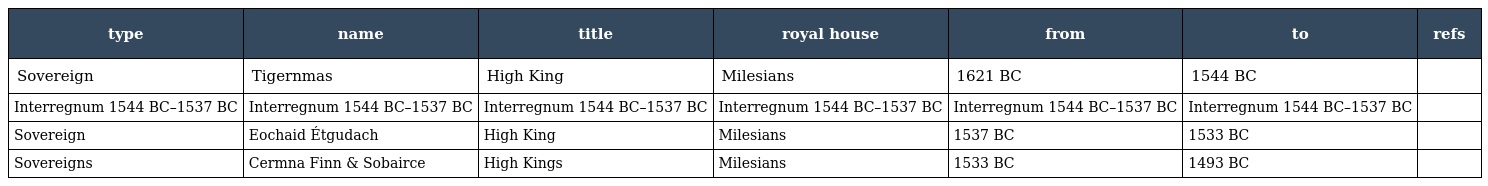
| type | name | title | royal house | from | to | refs |
 | --- | --- | --- | --- | --- | --- | --- |
 | Sovereign | Tigernmas | High King | Milesians | 1621 BC | 1544 BC |  |
 | Interregnum 1544 BC–1537 BC | Interregnum 1544 BC–1537 BC | Interregnum 1544 BC–1537 BC | Interregnum 1544 BC–1537 BC | Interregnum 1544 BC–1537 BC | Interregnum 1544 BC–1537 BC |  |
 | Sovereign | Eochaid Étgudach | High King | Milesians | 1537 BC | 1533 BC |  |
 | Sovereigns | Cermna Finn & Sobairce | High Kings | Milesians | 1533 BC | 1493 BC |  |